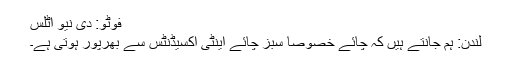
فوٹو: دی نیو اٹلس
لندن: ہم جانتے ہیں کہ چائے خصوصاً سبز چائے اینٹی آکسیڈنٹس سے بھرپور ہوتی ہے۔